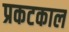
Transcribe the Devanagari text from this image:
प्रकटकाल